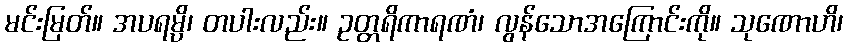
မင်းမြတ်။ အပရမ္ပိ၊ တပါးလည်း။ ဥတ္တရိကာရဏံ၊ လွန်သောအကြောင်းကို။ သုဏောဟိ၊